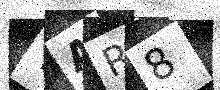
Text: TAR8